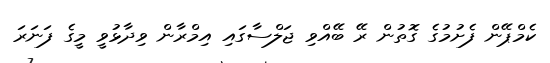
ކެމްޕޭން ފެށުމުގެ ގޮތުން ރޭ ބޭއްވި ޖަލްސާގައި އިމްރާން ވިދާޅުވީ މީގެ ފަނަރަ